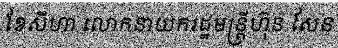
ខែសីហា លោកនាយករដ្ឋមន្ត្រីហ៊ុន សែន